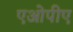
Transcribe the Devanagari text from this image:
एओपीए